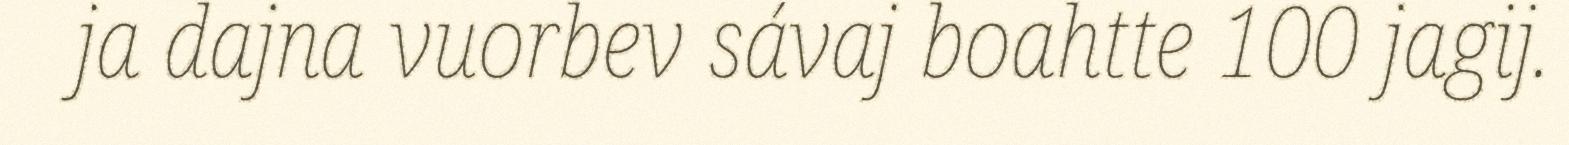
ja dajna vuorbev sávaj boahtte 100 jagij.